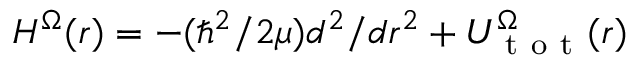
H ^ { \Omega } ( r ) = - ( \hbar ^ { 2 } / 2 \mu ) d ^ { 2 } / d r ^ { 2 } + U _ { \mathrm { ~ t ~ o ~ t ~ } } ^ { \Omega } ( r )